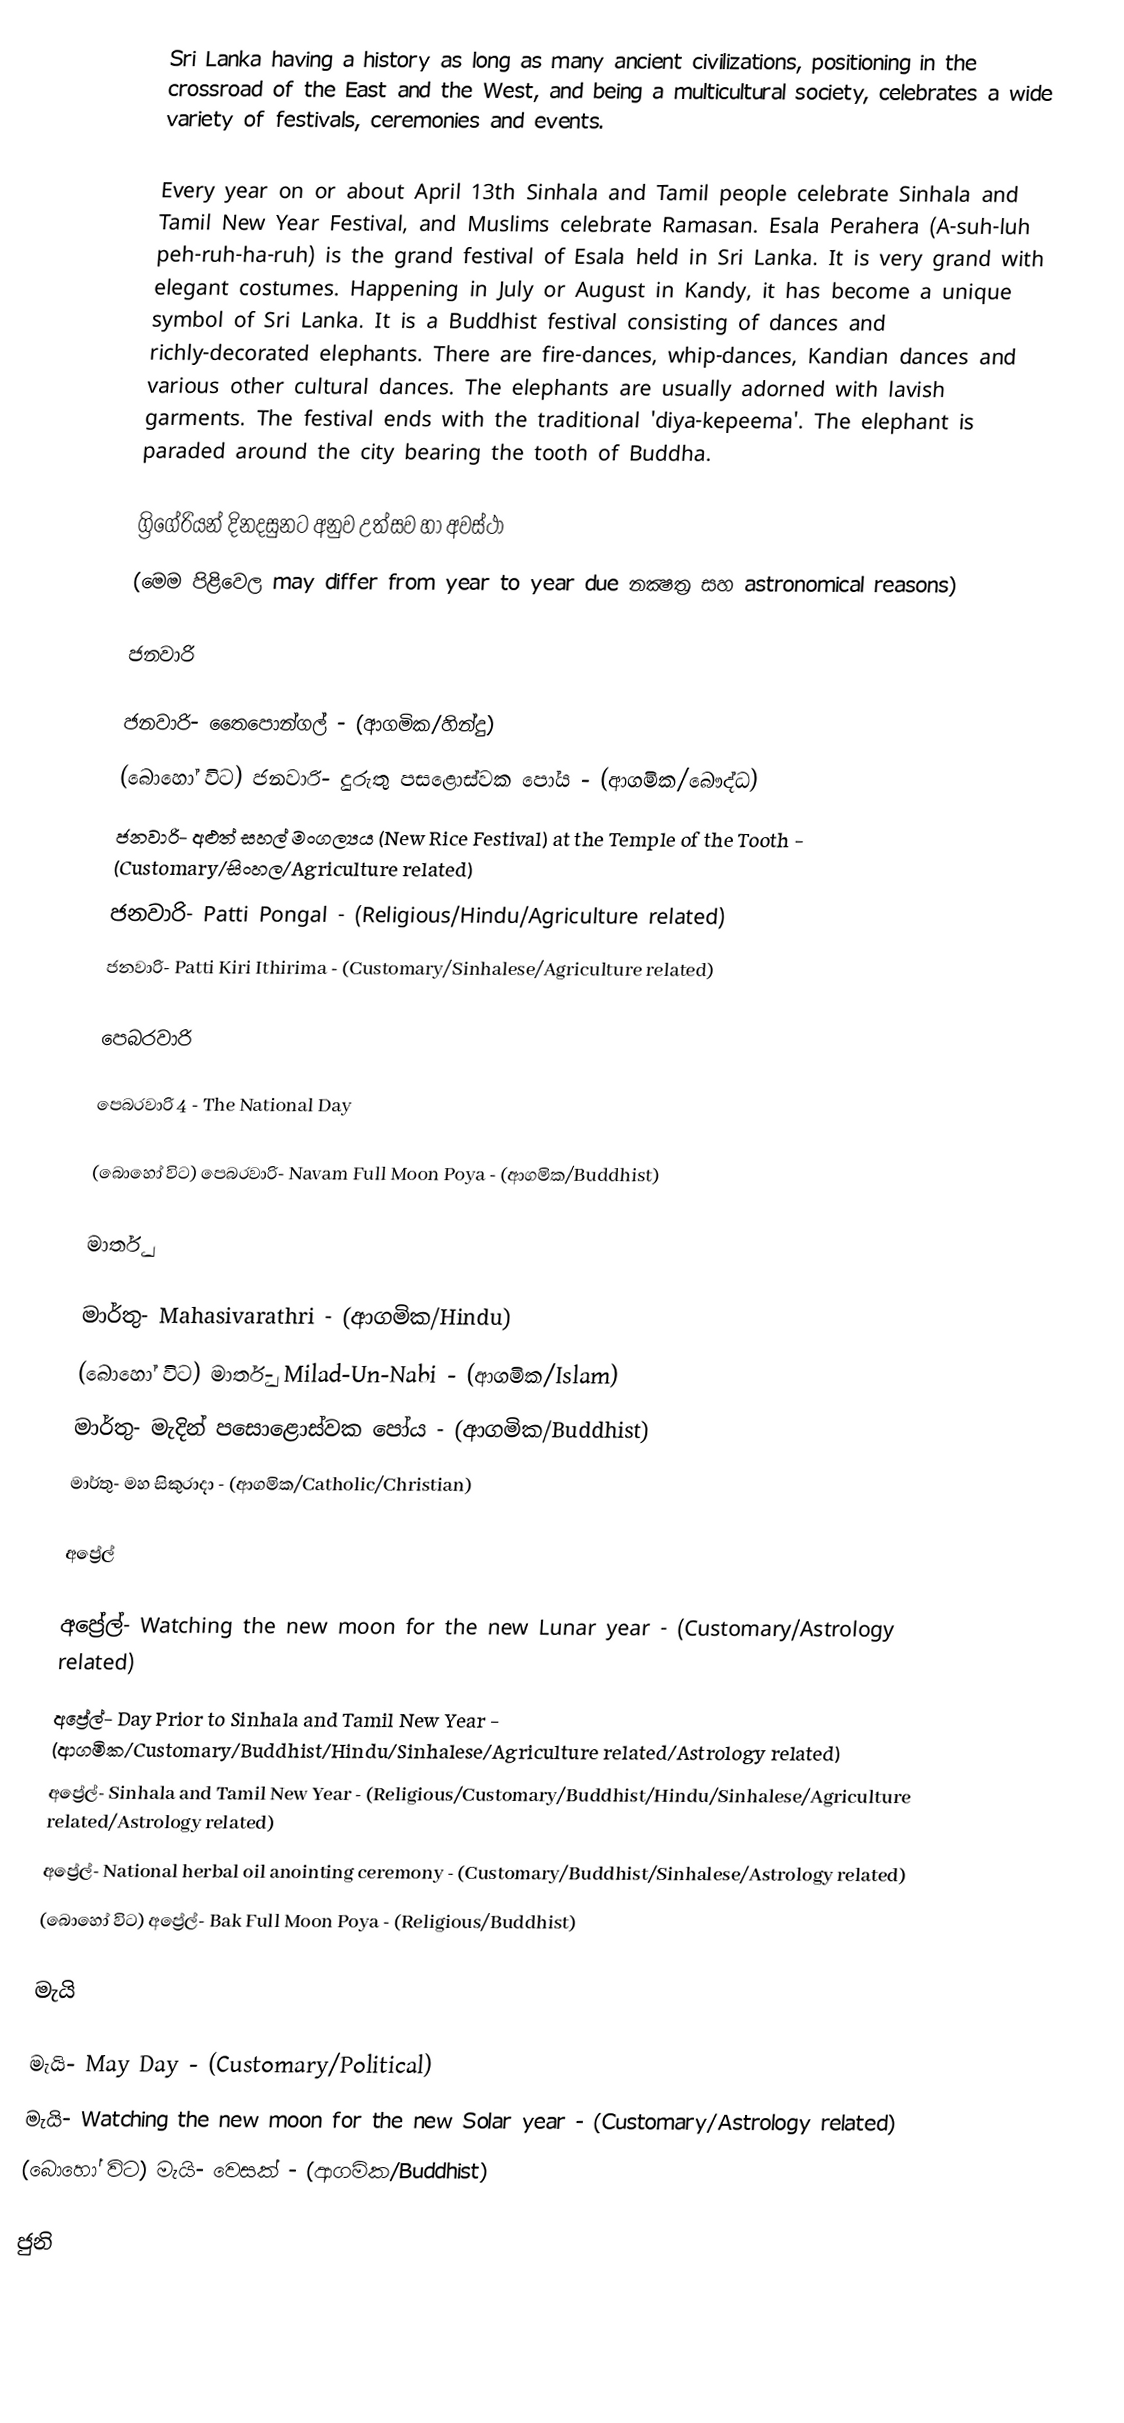
Sri Lanka having a history as long as many ancient civilizations, positioning in the crossroad of the East and the West, and being a multicultural society, celebrates a wide variety of festivals, ceremonies and events.

Every year on or about April 13th Sinhala and Tamil people celebrate Sinhala and Tamil New Year Festival, and Muslims celebrate Ramasan. Esala Perahera (A-suh-luh peh-ruh-ha-ruh) is the grand festival of Esala held in Sri Lanka. It is very grand with elegant costumes. Happening in July or August in Kandy, it has become a unique symbol of Sri Lanka. It is a Buddhist festival consisting of dances and richly-decorated elephants. There are fire-dances, whip-dances, Kandian dances and various other cultural dances. The elephants are usually adorned with lavish garments. The festival ends with the traditional 'diya-kepeema'. The elephant is paraded around the city bearing the tooth of Buddha.

ග්‍රිගේරියන් දිනදසුනට අනුව උත්සව හා අවස්ථා
(මෙම පිළිවෙල may differ from year to year due නක්‍ෂත්‍ර සහ astronomical reasons)

ජනවාරි

 ජනවාරි- තෛපොන්ගල් - (ආගමික/හින්දු)
 (බොහෝ විට) ජනවාරි- දුරුතු පසළොස්වක පෝය - (ආගමික/බෞද්ධ)
 ජනවාරි- අළුත් සහල් මංගල්‍යය (New Rice Festival) at the Temple of the Tooth - (Customary/සිංහල/Agriculture related)
 ජනවාරි- Patti Pongal - (Religious/Hindu/Agriculture related)
 ජනවාරි- Patti Kiri Ithirima - (Customary/Sinhalese/Agriculture related)

පෙබරවාරි

 පෙබරවාරි 4 - The National Day

 (බොහෝ විට) පෙබරවාරි- Navam Full Moon Poya - (ආගමික/Buddhist)

මාර්තු

 මාර්තු- Mahasivarathri - (ආගමික/Hindu)
 (බොහෝ විට) මාර්තු- Milad-Un-Nabi - (ආගමික/Islam)
 මාර්තු- මැදින් පසොළොස්වක පෝය - (ආගමික/Buddhist)
 මාර්තු- මහ සිකුරාදා - (ආගමික/Catholic/Christian)

අප්‍රේල්

 අප්‍රේල්- Watching the new moon for the new Lunar year - (Customary/Astrology related)
 අප්‍රේල්- Day Prior to Sinhala and Tamil New Year - (ආගමික/Customary/Buddhist/Hindu/Sinhalese/Agriculture related/Astrology related)
 අප්‍රේල්- Sinhala and Tamil New Year - (Religious/Customary/Buddhist/Hindu/Sinhalese/Agriculture related/Astrology related)
 අප්‍රේල්- National herbal oil anointing ceremony - (Customary/Buddhist/Sinhalese/Astrology related)
 (බොහෝ විට) අප්‍රේල්- Bak Full Moon Poya - (Religious/Buddhist)

මැයි

 මැයි- May Day - (Customary/Political)
 මැයි- Watching the new moon for the new Solar year - (Customary/Astrology related)
 (බොහෝ විට) මැයි- වෙසක් - (ආගමික/Buddhist)

ජුනි